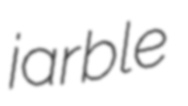
jarble